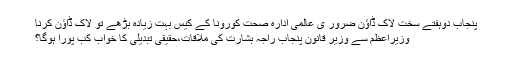
پنجاب دوہفتے سخت لاک ڈاؤن ضرور ی عالمی ادارہ صحت کورونا کے کیس بہت زیادہ بڑھے تو لاک ڈاؤن کرنا
وزیراعظم سے وزیر قانون پنجاب راجہ بشارت کی ملاقات،حقیقی تبدیلی کا خواب کب پورا ہوگا؟